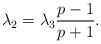
\begin{align*}\lambda_2 = \lambda_3 \frac{p-1}{p+1}.\end{align*}